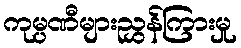
ကုမ္ပဏီများညွှန်ကြားမှု